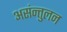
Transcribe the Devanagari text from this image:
असंन्तुलन